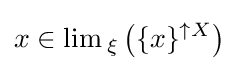
x\in \lim {}_{\xi }\left(\{x\}^{\uparrow X}\right)